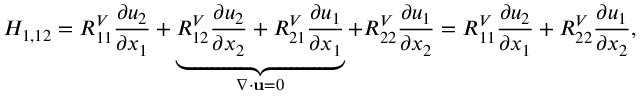
H _ { 1 , 1 2 } = R _ { 1 1 } ^ { V } \frac { \partial u _ { 2 } } { \partial x _ { 1 } } + \underbrace { R _ { 1 2 } ^ { V } \frac { \partial u _ { 2 } } { \partial x _ { 2 } } + R _ { 2 1 } ^ { V } \frac { \partial u _ { 1 } } { \partial x _ { 1 } } } _ { \nabla \cdot \mathbf { u } = 0 } + R _ { 2 2 } ^ { V } \frac { \partial u _ { 1 } } { \partial x _ { 2 } } = R _ { 1 1 } ^ { V } \frac { \partial u _ { 2 } } { \partial x _ { 1 } } + R _ { 2 2 } ^ { V } \frac { \partial u _ { 1 } } { \partial x _ { 2 } } ,